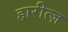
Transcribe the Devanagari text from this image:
हारीत्ज़